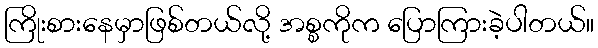
ကြိုးစားနေမှာဖြစ်တယ်လို့ အစ္စကိုက ပြောကြားခဲ့ပါတယ်။